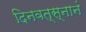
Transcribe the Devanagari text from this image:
दिनवत्स्नानं